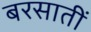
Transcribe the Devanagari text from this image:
बरसातीं